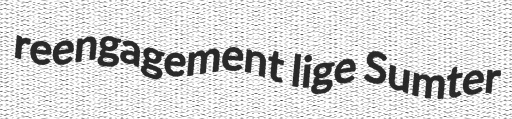
reengagement lige Sumter